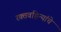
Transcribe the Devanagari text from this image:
रक्तवहिन्यांचे